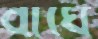
বাঘে